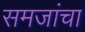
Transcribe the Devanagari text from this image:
समजांचा